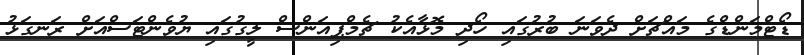
ޑޯޓްމަންޑްގެ މައްޗަށް ދެވަނަ ބުރުގައި ހޯދި މޮޅާއެކު ޗެމްޕިއަންސް ލީގުގައި ޔުވެންޓަސްއަށް ރަނގަޅު